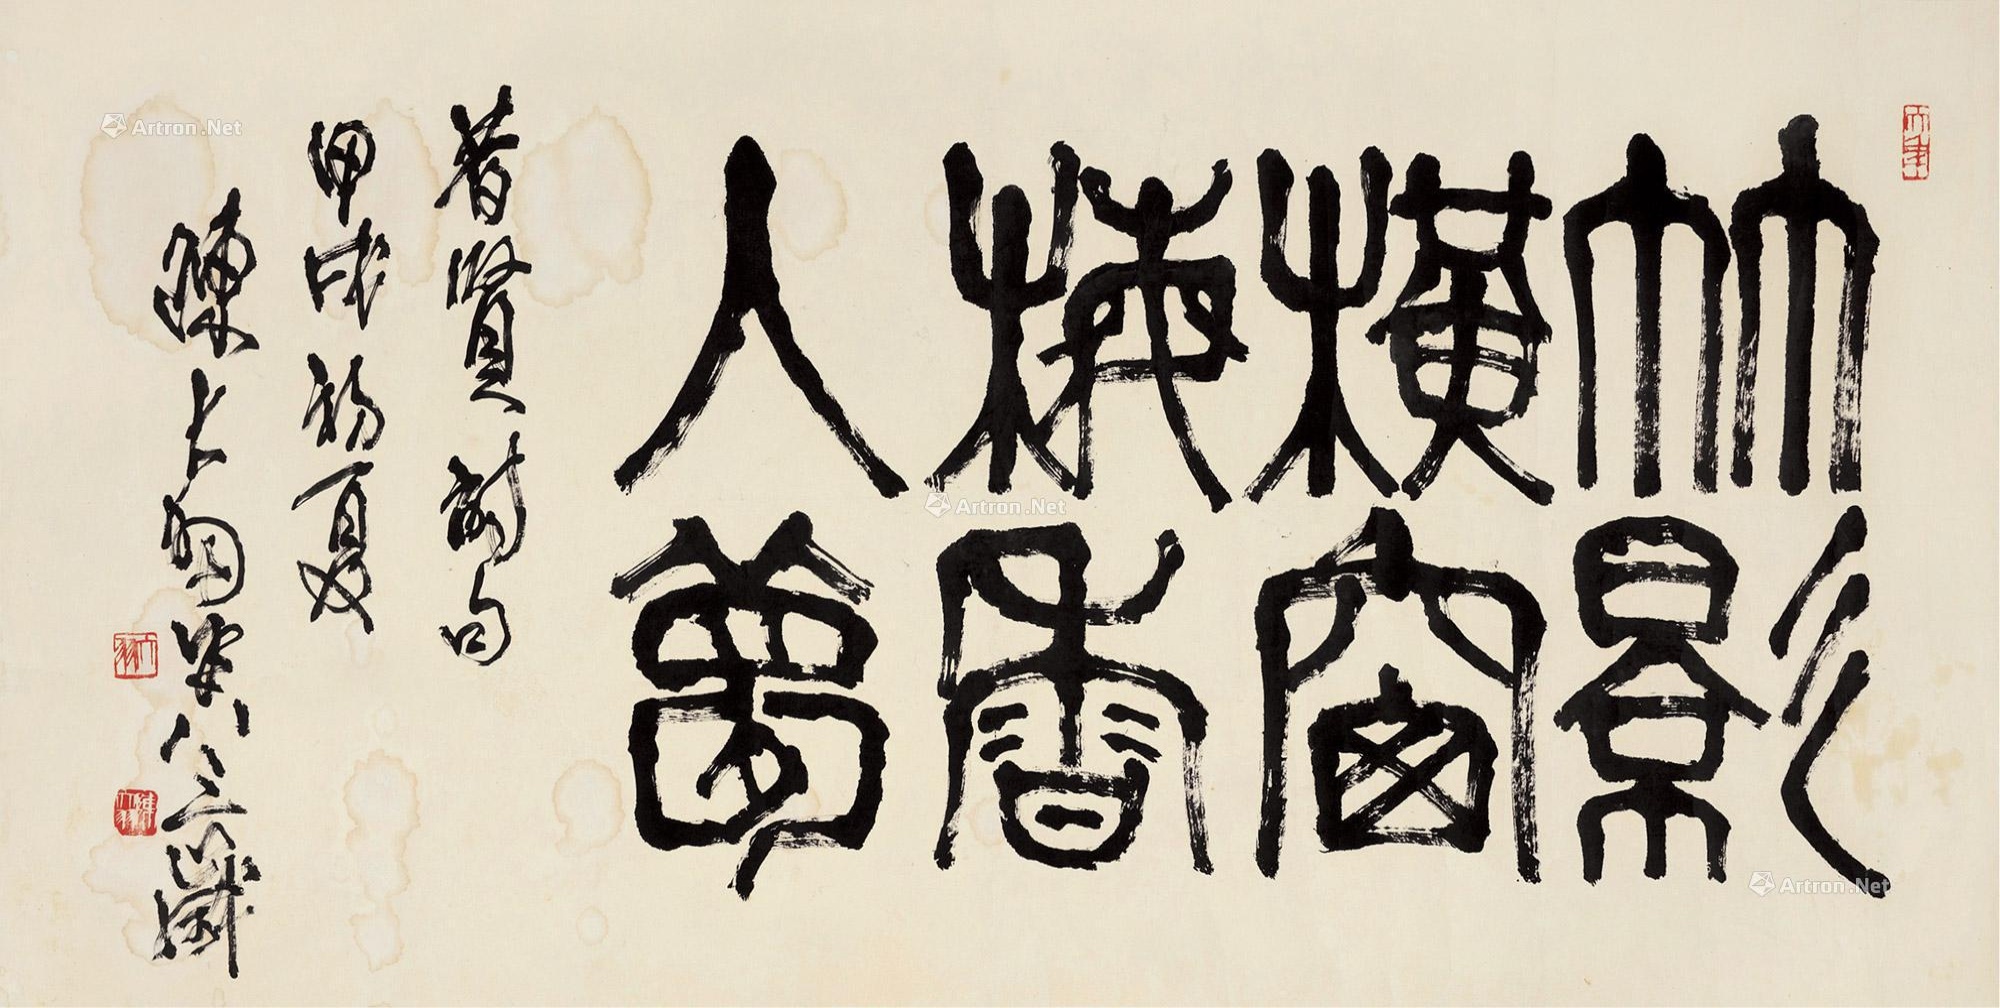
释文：竹影横窗，梅香人梦。昔贤诗句，甲戌初夏，陈大羽年八三岁。